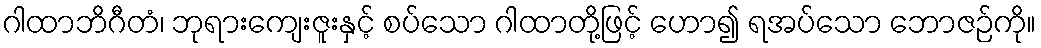
ဂါထာဘိဂီတံ၊ ဘုရားကျေးဇူးနှင့် စပ်သော ဂါထာတို့ဖြင့် ဟော၍ ရအပ်သော ဘောဇဉ်ကို။